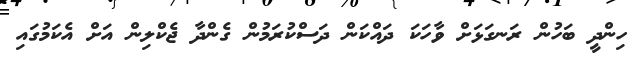
ހިންދީ ބަހުން ރަނގަޅަށް ވާހަކަ ދައްކަން ދަސްކުރަމުން ގެންދާ ޖެކްލިން އަށް އެކަމުގައި